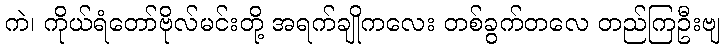
ကဲ၊ ကိုယ်ရံတော်ဗိုလ်မင်းတို့ အရက်ချိုကလေး တစ်ခွက်တလေ တည်ကြဦးဗျ